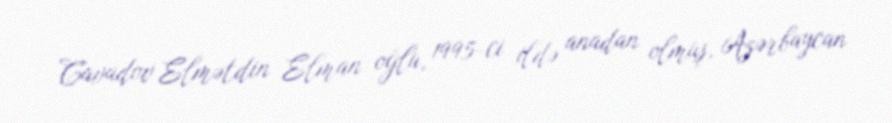
Cavadov Elmətdin Elman oğlu, 1995-ci ildə anadan olmuş, Azərbaycan